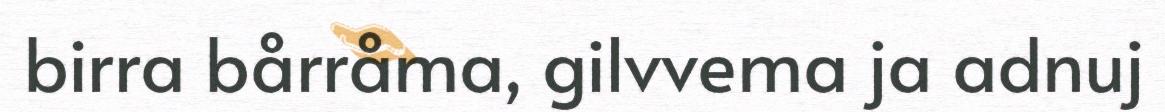
birra bårråma, gilvvema ja adnuj